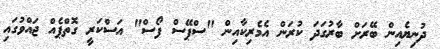
ދުނިޔެއިން ބޭރަށް ބާރުގަދަ ކުރަން އެމެރިކާއިން "ސްޕޭސް ފޯސް" އަސްކަރީ ގޮތްޕެއް ޖައްވުގައި